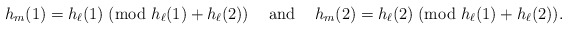
\begin{align*}h_m(1)=h_{\ell}(1)\; (\textrm{mod } h_{\ell}(1)+h_{\ell}(2)) \textrm{\; \; and\; \; }h_m(2)=h_{\ell}(2)\; (\textrm{mod } h_{\ell}(1)+h_{\ell}(2)).\end{align*}